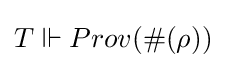
T\Vdash Prov(\#(\rho ))